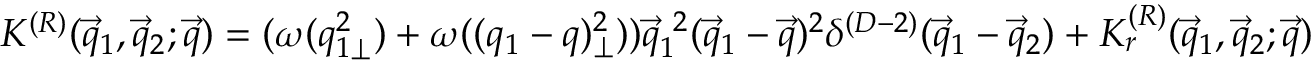
{ \cal K } ^ { ( R ) } ( { \vec { q } } _ { 1 } , { \vec { q } } _ { 2 } ; { \vec { q } } ) = ( \omega ( q _ { 1 \perp } ^ { 2 } ) + \omega ( ( q _ { 1 } - q ) _ { \perp } ^ { 2 } ) ) \vec { q } _ { 1 } ^ { ~ 2 } ( { \vec { q } } _ { 1 } - { \vec { q } } ) ^ { 2 } \delta ^ { ( D - 2 ) } ( { \vec { q } } _ { 1 } - { \vec { q } } _ { 2 } ) + { \cal K } _ { r } ^ { ( R ) } ( { \vec { q } } _ { 1 } , { \vec { q } } _ { 2 } ; { \vec { q } } )